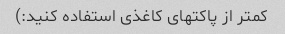
کمتر از پاکتهای کاغذی استفاده کنید:)